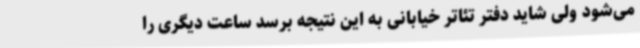
می‌شود ولی شاید دفتر تئاتر خیابانی به این نتیجه برسد ساعت دیگری را